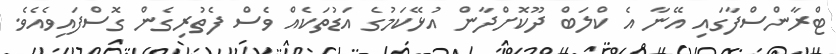
ޓްރާންސްފާގައި އޭނާ އެ ކްލަބް ދޫކޮށްދާން އުޅޭކަމުގެ އަޑުތަކެއް ވެސް ފެތުރިގެން ގޮސްފައިވެއެވެ.